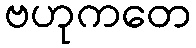
ဗဟုကတေ